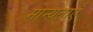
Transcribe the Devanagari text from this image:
मान्‍यताएँ